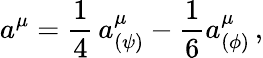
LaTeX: a^{\mu}=\frac{1}{4}\, a_{(\psi)}^{\mu}-\frac{1}{6}a_{(\phi)}^{\mu}\, ,